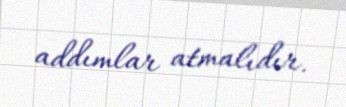
addımlar atmalıdır.